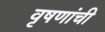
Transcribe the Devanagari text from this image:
वृषणांची